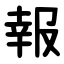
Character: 報